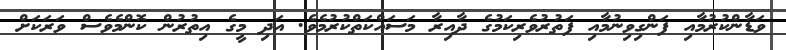
ވަޑާންކުރުމާއި ފަންގިވިނުމާއި ފަތުރުވެރިކަމުގެ ދާއިރާ މަސައްކަތްކުރުމެވެ. އަދި މީގެ އިތުރުން ކޮންމެވެސް ވަރަކަށް